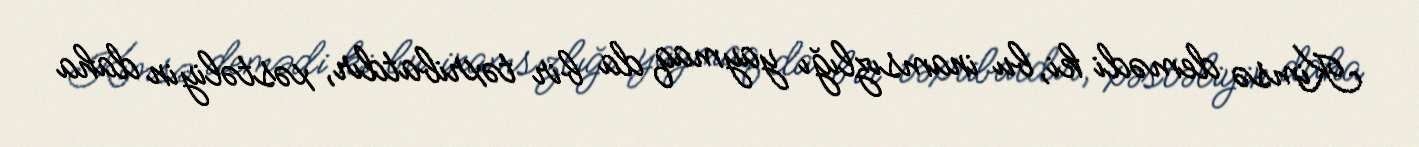
Kimsə demədi ki, bu inamsızlığı yaymaq da bir təxribatdır, xəstəliyin daha